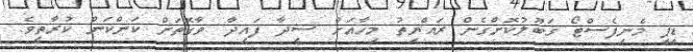
ޑީޕީ މެނިފެސްޓޯ ޤަބޫލުކޮށްގެން ރައްޔިތު މިހާއަށް ސީދާ ފައިދާ ވާގޮތަށް ކަންކަން ކުރާތީވެ.